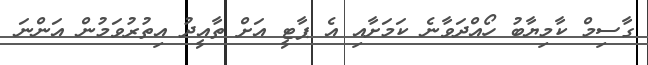
ގާސިމް ކާމިޔާބު ހޯއްދަވާނެ ކަމަށާއި އެ ޕާޓީ އަށް ތާއީދު އިތުރުވަމުން އަންނަ